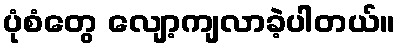
ပုံစံတွေ လျော့ကျလာခဲ့ပါတယ်။